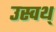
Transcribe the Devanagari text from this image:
उस्वथ्